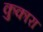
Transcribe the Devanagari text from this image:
कुकारा